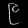
Digit: ၉